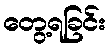
တွေ့ရခြင်း